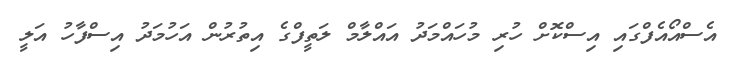
އެސްއޯއެފްގައި އިސްކޮށް ހުރި މުހައްމަދު އައްލާމް ލަތީފްގެ އިިތުރުން އަހުމަދު އިސްފާހު އަލީ